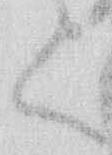
く